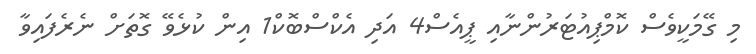
މި ގޭމަކީވެސް ކޮމްޕިއުޓަރުންނާއި ޕީއެސް4 އަދި އެކްސްބޮކް1 އިން ކުޅެވޭ ގޮތަށް ނެރެފައިވާ